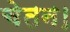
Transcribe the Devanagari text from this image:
चेतन।